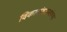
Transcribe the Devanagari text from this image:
विकलांगजनसंख्या